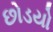
છોડયો